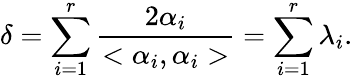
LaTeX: \delta=\sum_{i=1}^{r}\frac{2\alpha_{i}}{<\alpha_{i},\alpha_{i}>}=\sum_{i=1}^{r}\lambda_{i}.